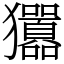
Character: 㺧